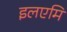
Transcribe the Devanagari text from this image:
इलएमि